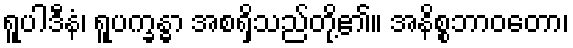
ရူပါဒီနံ၊ ရူပက္ခန္ဓာ အစရှိသည်တို့၏။ အနိစ္စဘာဝတော၊